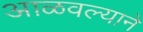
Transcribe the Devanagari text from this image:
आळवल्याने